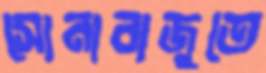
সোনাবাজুতে